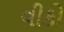
વીકો